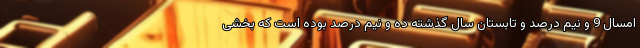
امسال 9 و نیم درصد و تابستان سال گذشته ده و نیم درصد بوده است که بخشی